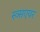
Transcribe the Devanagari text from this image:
स्व्सएयर